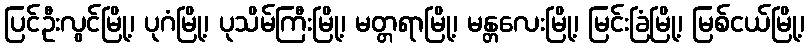
ပြင်ဦးလွင်မြို့၊ ပုဂံမြို့၊ ပုသိမ်ကြီးမြို့၊ မတ္တရာမြို့၊ မန္တလေးမြို့၊ မြင်းခြံမြို့၊ မြစ်ငယ်မြို့၊